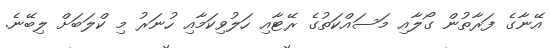
އޭނާގެ ފަރާތުން ގޯލާއި މަސައްކަތުގެ ރޭޓާއި ހަލުވިކަމާއި ހުނަރު މި ކްލަބަށް ލިބޭނެ.